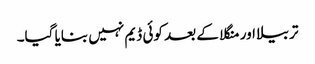
تربیلا اور منگلا کے بعد کوئی ڈیم نہیں بنایا گیا۔